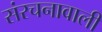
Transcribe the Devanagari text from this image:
संरचनावाली